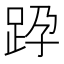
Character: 𨀊